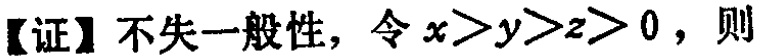
【证】不失一般性，令\(x > y > z > 0\)，则